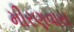
મીરણવાસ